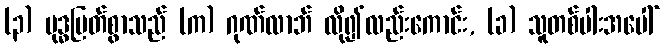
(၃) ဗုဒ္ဓမြတ်စွာသည် (က) ဂုဏ်လာဘ် လို၍လည်းကောင်း, (ခ) သူတစ်ပါးအပေါ်